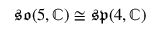
{ \mathfrak { s o } } ( 5 , \mathbb { C } ) \cong { \mathfrak { s p } } ( 4 , \mathbb { C } )